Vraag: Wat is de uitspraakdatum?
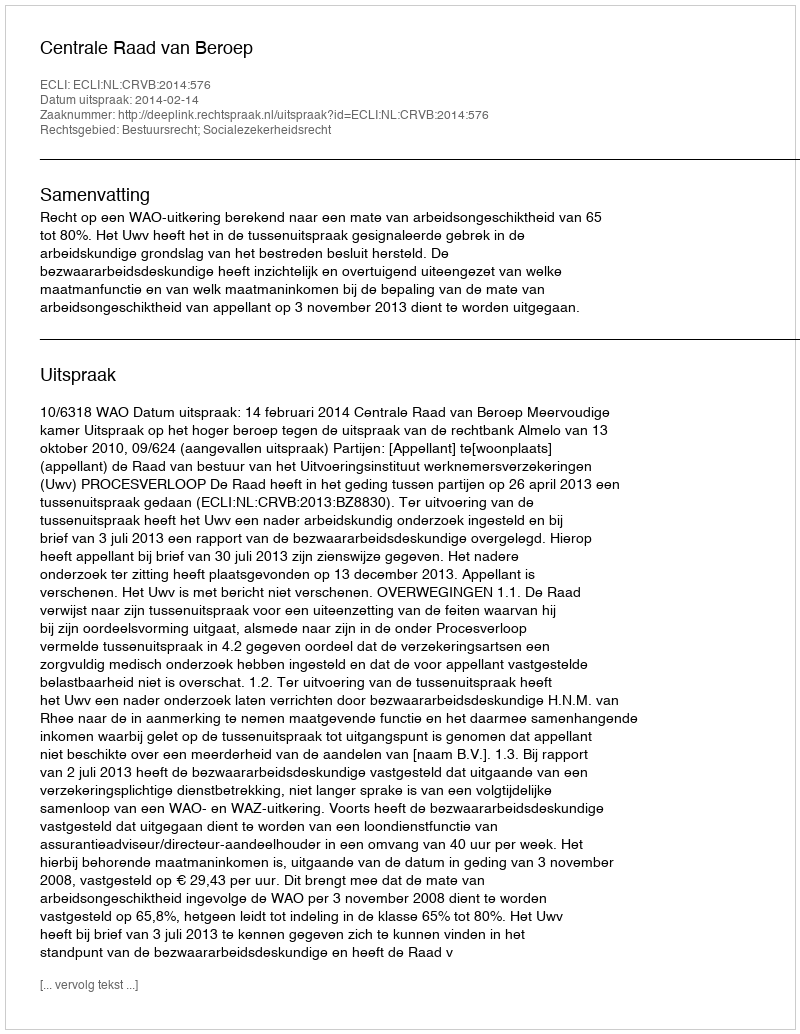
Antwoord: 2014-02-14